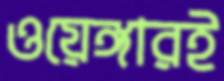
ওয়েঙ্গারই